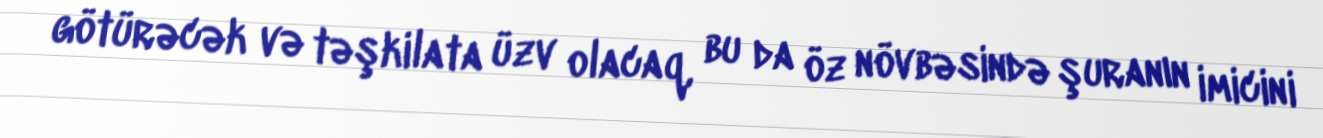
götürəcək və təşkilata üzv olacaq, bu da öz növbəsində şuranın imicini